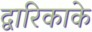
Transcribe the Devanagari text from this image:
द्वारिकाके